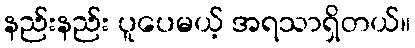
နည်းနည်း ပူပေမယ့် အရသာရှိတယ်။